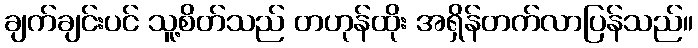
ချက်ချင်းပင် သူ့စိတ်သည် တဟုန်ထိုး အရှိန်တက်လာပြန်သည်။